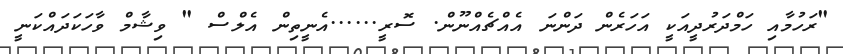
"ރަހުމާއި ހަމްދަރުދީއަކީ އަހަރެން ދަންނަ އެއްޗެއްނޫން. ސޮރީ......އެނީތިން އެލްސް " ވިޝާމް ވާހަކަދައްކަނީ